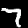
Digit: 7